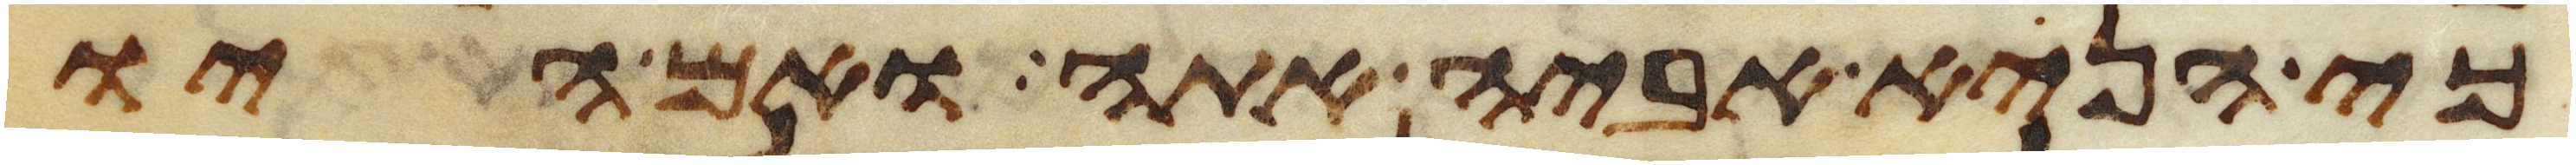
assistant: כי הניא אביה אתה ואם היו